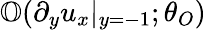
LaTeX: \mathbb{O}(\partial_{y}u_{x}|_{y=-1};\theta_{O})